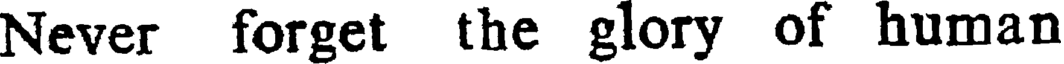
Never forget the glory of human